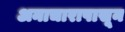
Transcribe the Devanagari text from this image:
अनाचारापासून